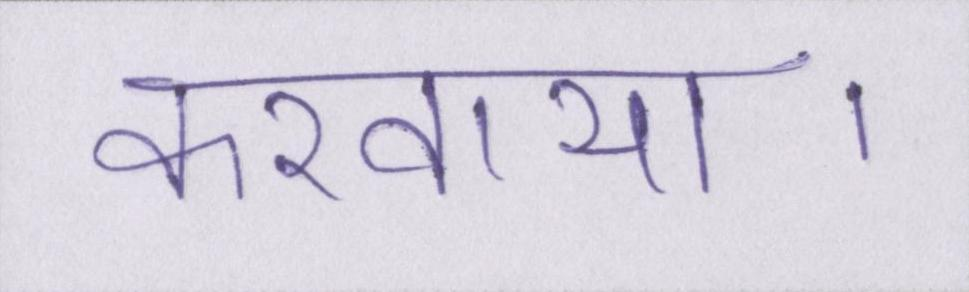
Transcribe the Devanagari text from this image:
करवाया।